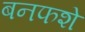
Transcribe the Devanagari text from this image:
बनफशे